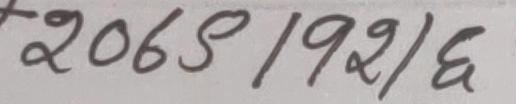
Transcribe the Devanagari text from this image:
२०65/१2/६